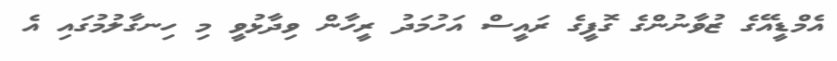
އެމްޑީއޭގެ ޒުވާނުންގެ ގޮފީގެ ރައީސް އަހުމަދު ރީހާން ވިދާޅުވީ މި ހިނގާލުމުގައި އެ